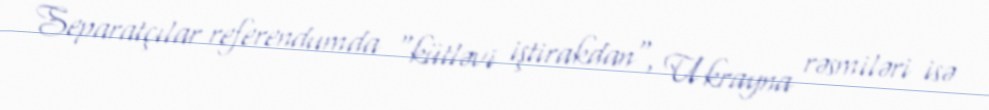
Separatçılar referendumda "kütləvi iştirakdan", Ukrayna rəsmiləri isə